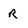
Character: r